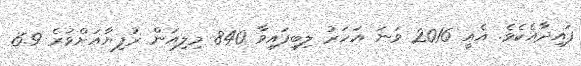
ފައިދާއެކެވެ. އެއީ 2016 ވަނަ އަހަރު ލިބިފައިވާ 840 މިލިއަން ރުފިޔާއަށްވުރެ 6.9